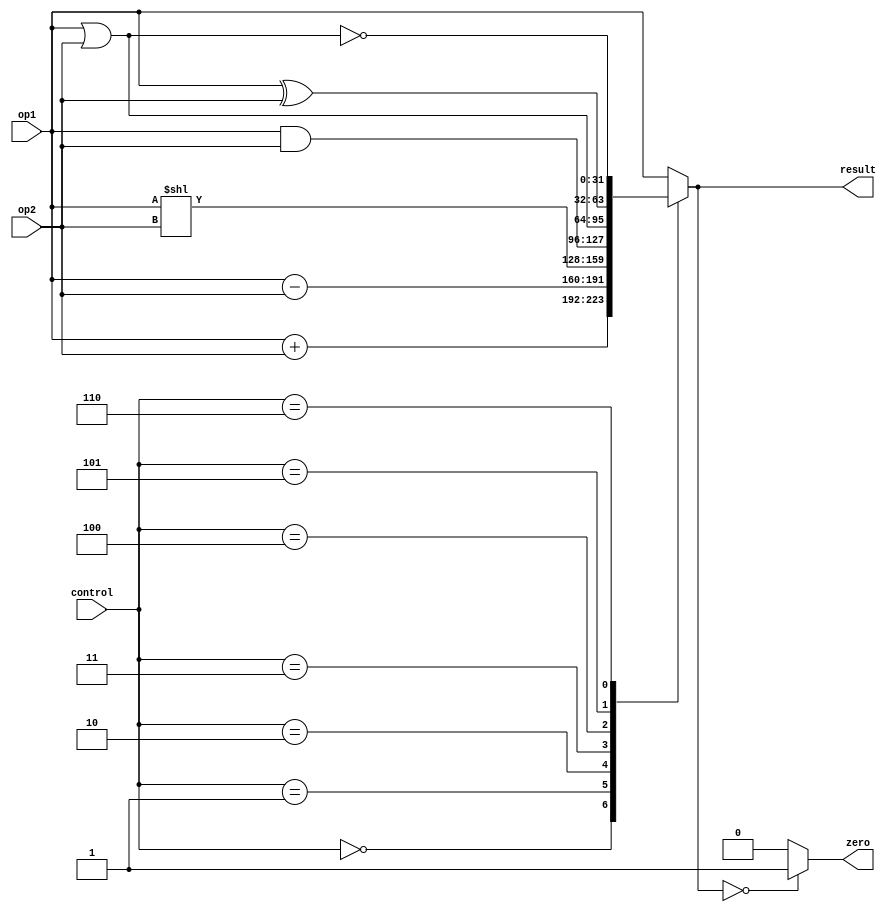
`timescale 1ns / 1ps

`define ADDI 6'b001000
`define J 6'b000010 

module alu32(
    input [31:0] op1,	
    input [31:0] op2,
    input [2:0] control,
    output reg [31:0] result,
    output zero);

initial
    result = 32'd0;

assign zero = (result == 32'd0) ? 1'b1: 1'b0;

always @(*)
    begin
        case(control)
            6'b000: // ADD
                result = op1 + op2;
            6'b001: // SUB
                result = op1 - op2;
            6'b010: // SHIFT
                result = op1 << op2;
            6'b011: // AND
                result = op1 & op2;
            6'b100: // OR
                result = op1 | op2;
            6'b101: // XOR
                result = op1 ^ op2;
            6'b110: // NOR
                result = ~(op1 | op2);
            default: // NOP
                result = op1;
            endcase
    end


endmodule